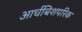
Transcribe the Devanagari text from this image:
आर्चबिशपरिक